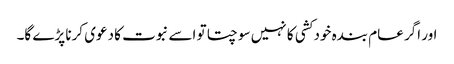
اور اگر عام بندہ خود کشی کا نہیں سوچتا تو اسے نبوت کا دعوی کرنا پڑے گا۔